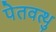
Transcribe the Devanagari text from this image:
पेतवत्थु